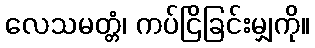
လေသမတ္တံ၊ ကပ်ငြိခြင်းမျှကို။